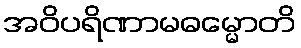
အဝိပရိဏာမဓမ္မောတိ